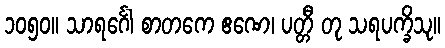
၁၀၅၀။ သာရင်္ဂေါ စာတကေ ဧဏေ၊ ပတ္တီ တု သရပက္ခိသု။